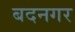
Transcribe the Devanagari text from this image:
बदनगर